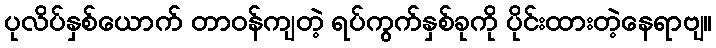
ပုလိပ်နှစ်ယောက် တာဝန်ကျတဲ့ ရပ်ကွက်နှစ်ခုကို ပိုင်းထားတဲ့နေရာဗျ။